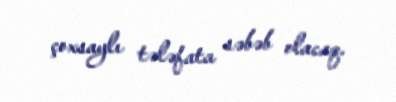
çoxsaylı tələfata səbəb olacaq.